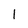
Character: 1